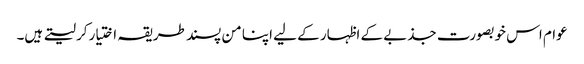
عوام اس خوبصورت جذبے کے اظہار کے لیے اپنا من پسند طریقہ اختیارکر لیتے ہیں۔